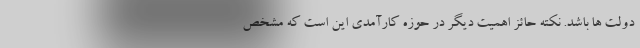
دولت ها باشد. نکته حائز اهمیت دیگر در حوزه کارآمدی این است که مشخص